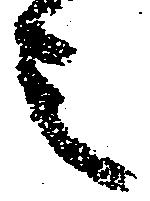
之